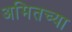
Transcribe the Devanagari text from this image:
अमितच्या